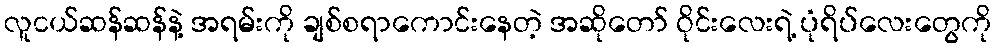
လူငယ်ဆန်ဆန်နဲ့ အရမ်းကို ချစ်စရာကောင်းနေတဲ့ အဆိုတော် ဝိုင်းလေးရဲ့ ပုံရိပ်လေးတွေကို